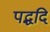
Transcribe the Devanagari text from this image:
पद्धदि